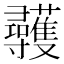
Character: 彠